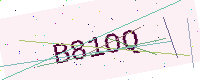
Text: B81OQ